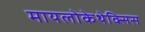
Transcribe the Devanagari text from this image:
मायलोकेथेक्सिस